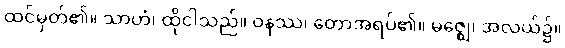
ထင်မှတ်၏။ သာဟံ၊ ထိုငါသည်။ ဝနဿ၊ တောအရပ်၏။ မဇ္ဈေ၊ အလယ်၌။